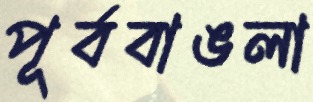
পূর্ববাঙলা